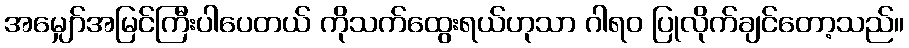
အမျှော်အမြင်ကြီးပါပေတယ် ကိုသက်ထွေးရယ်ဟုသာ ဂါရဝ ပြုလိုက်ချင်တော့သည်။